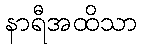
နာရီအထိသာ